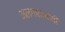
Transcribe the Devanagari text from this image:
अलगातावादी